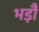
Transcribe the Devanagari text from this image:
भड़ौ